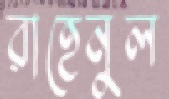
রাহেনুল